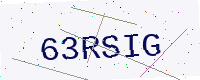
Text: 63RSIG